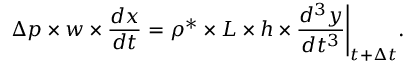
\Delta p \times w \times \frac { d x } { d t } = \rho ^ { * } \times L \times h \times \frac { d ^ { 3 } y } { d t ^ { 3 } } \Bigg \rvert _ { t + \Delta t } .